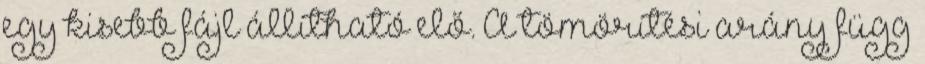
egy kisebb fájl állítható elő. A tömörítési arány függ